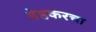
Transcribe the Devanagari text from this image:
मेहकरचा